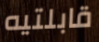
قابلتيه